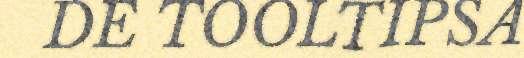
DE TOOLTIPSA